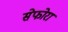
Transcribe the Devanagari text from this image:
सेफोरा